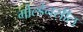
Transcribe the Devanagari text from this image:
गोल्डेनसील